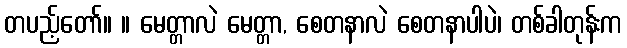
တပည့်တော်။ ။ မေတ္တာလဲ မေတ္တာ, စေတနာလဲ စေတနာပါပဲ၊ တစ်ခါတုန်းက